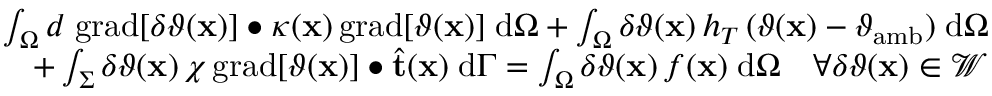
\begin{array} { r } { \int _ { \Omega } d \; \mathrm { g r a d } [ \delta \vartheta ( \mathbf { x } ) ] \bullet \kappa ( \mathbf { x } ) \, \mathrm { g r a d } [ \vartheta ( \mathbf { x } ) ] \; \mathrm { d } \Omega + \int _ { \Omega } \delta \vartheta ( \mathbf { x } ) \, h _ { T } \, ( \vartheta ( \mathbf { x } ) - \vartheta _ { \mathrm { a m b } } ) \; \mathrm { d } \Omega } \\ { + \int _ { \Sigma } \delta \vartheta ( \mathbf { x } ) \, \chi \, \mathrm { g r a d } [ \vartheta ( \mathbf { x } ) ] \bullet \widehat { \mathbf { t } } ( \mathbf { x } ) \; \mathrm { d } \Gamma = \int _ { \Omega } \delta \vartheta ( \mathbf { x } ) \, f ( \mathbf { x } ) \; \mathrm { d } \Omega \quad \forall \delta \vartheta ( \mathbf { x } ) \in \mathcal { W } } \end{array}